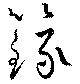
録